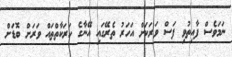
ނަމަވެސް ފާއިތުވި ފަސް ވަރަކަށް އަހަރު ތެރޭގައި އޭނާގެ ހަރަކާތްތައް ވަރަށް ބޮޑަށް